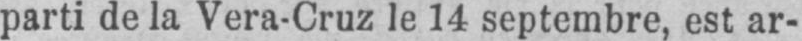
parti de la Vera-Cruz le 14 septembre, est ar-